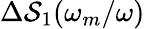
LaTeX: \Delta\mathcal{S}_{1}(\omega_{m}/\omega)